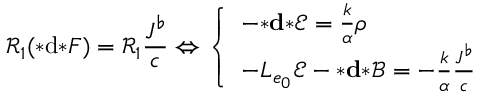
\mathcal { R } _ { 1 } ( { * } \mathrm { d } { * } F ) = \mathcal { R } _ { 1 } \frac { J ^ { \flat } } { c } \Leftrightarrow \left\{ \begin{array} { l l } { - { \boldsymbol { * } } \mathbf { d } { \boldsymbol { * } } \mathscr { E } = \frac { k } { \alpha } \rho } \\ { - L _ { e _ { 0 } } \mathscr { E } - { \boldsymbol { * } } \mathbf { d } { \boldsymbol { * } } \mathscr { B } = - \frac { k } { \alpha } \frac { \boldsymbol { J ^ { \flat } } } { c } } \end{array} \right.